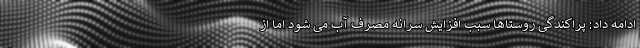
ادامه داد: پراکندگی روستاها سبب افزایش سرانه مصرف آب می شود اما از